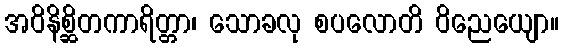
အဝိနိစ္ဆိတကာရိတ္တာ၊ သောခလု စပလောတိ ဝိညေယျော။